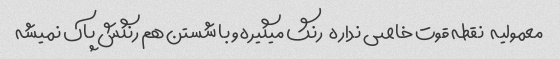
معمولیه   نقطه قوت خاصی نداره   رنگ میگیره و با شستن هم رنگش پاک نمیشه